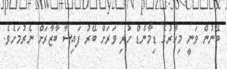
ބޭނުން ވަނީ މިހާރުގެ ޑިމާންޑް ހުރި ވަރަށް ބޭރު ފައިސާ ބާޒާރަށް ނެރުމަށެވެ.